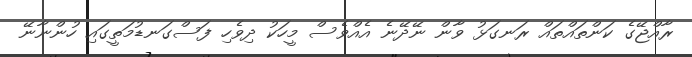
ރާއްޖޭގެ ކަންތައްތައް ރަނގަޅު ވާން ނޭދޭނެ އެއްވެސް މީހަކު ދިވެހި ފަސްގަނޑުމަތީގައި ހުންނާނޭ